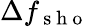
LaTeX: \Delta f_{\mathrm{~s~h~o~}}